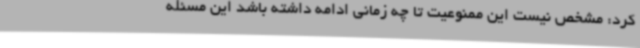
کرد: مشخص نیست این ممنوعیت تا چه زمانی ادامه داشته باشد این مسئله